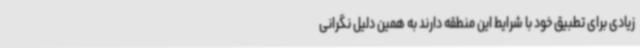
زیادی برای تطبیق خود با شرایط این منطقه دارند به همین دلیل نگرانی